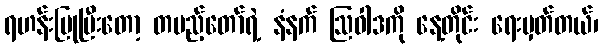
ရဟန်းပြုပြီးတော့ တပည့်တော်ရဲ့ နံနက် ဩဝါဒကို နေ့တိုင်း ရေးမှတ်တယ်၊